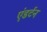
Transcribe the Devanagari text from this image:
एंडर्टन